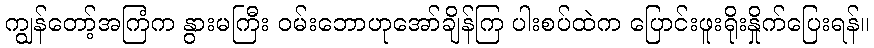
ကျွန်တော့်အကြံက နွားမကြီး ဝမ်းဘောဟုအော်ချိန်ကြ ပါးစပ်ထဲက ပြောင်းဖူးရိုးနှိုက်ပြေးရန်။